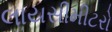
લાયસીમીટરો